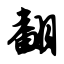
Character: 翻